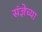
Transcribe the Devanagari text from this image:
संज्ञेच्या